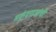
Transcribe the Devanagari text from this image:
मकुंदराजांची